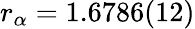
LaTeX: r_{\alpha}=1.6786(12)